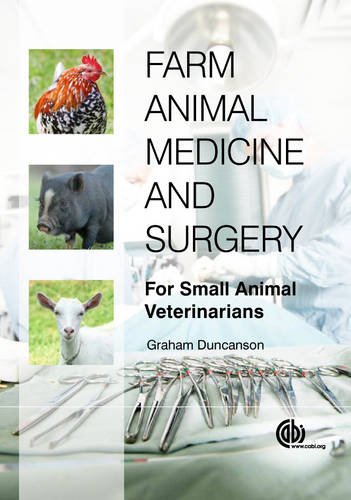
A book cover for Farm Animal Medicine and Surgery: For Small Animal Veterinarians; Graham R. Duncanson; Medical Books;